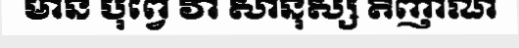
មាន បុព្វេ វា សានុស្ស តិញាណ